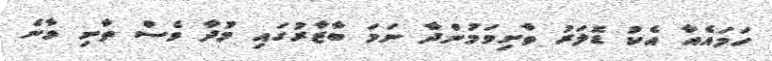
ހަމައެއާ އެކު ޑޮލަރު ތާށިވަމުންދާ ނަމަ ބާޒާރުގައި މުދާ ވެސް ތާށި ވާނެ